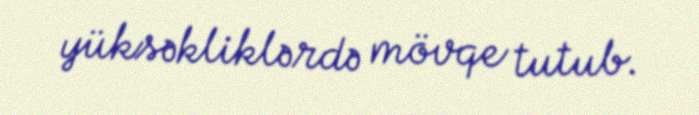
yüksəkliklərdə mövqe tutub.